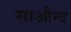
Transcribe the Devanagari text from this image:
साऔन्द